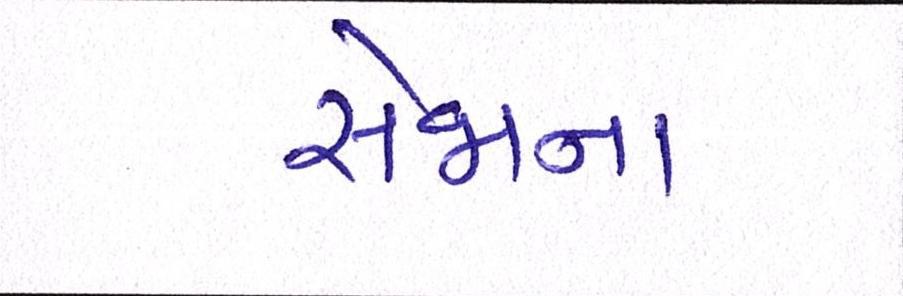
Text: સેજાના